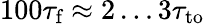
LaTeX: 100\tau_{\textrm{f}}\approx 2\dots 3\tau_{\textrm{to}}